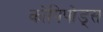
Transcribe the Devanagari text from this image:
कोपिपोड्स